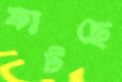
ফাটছে